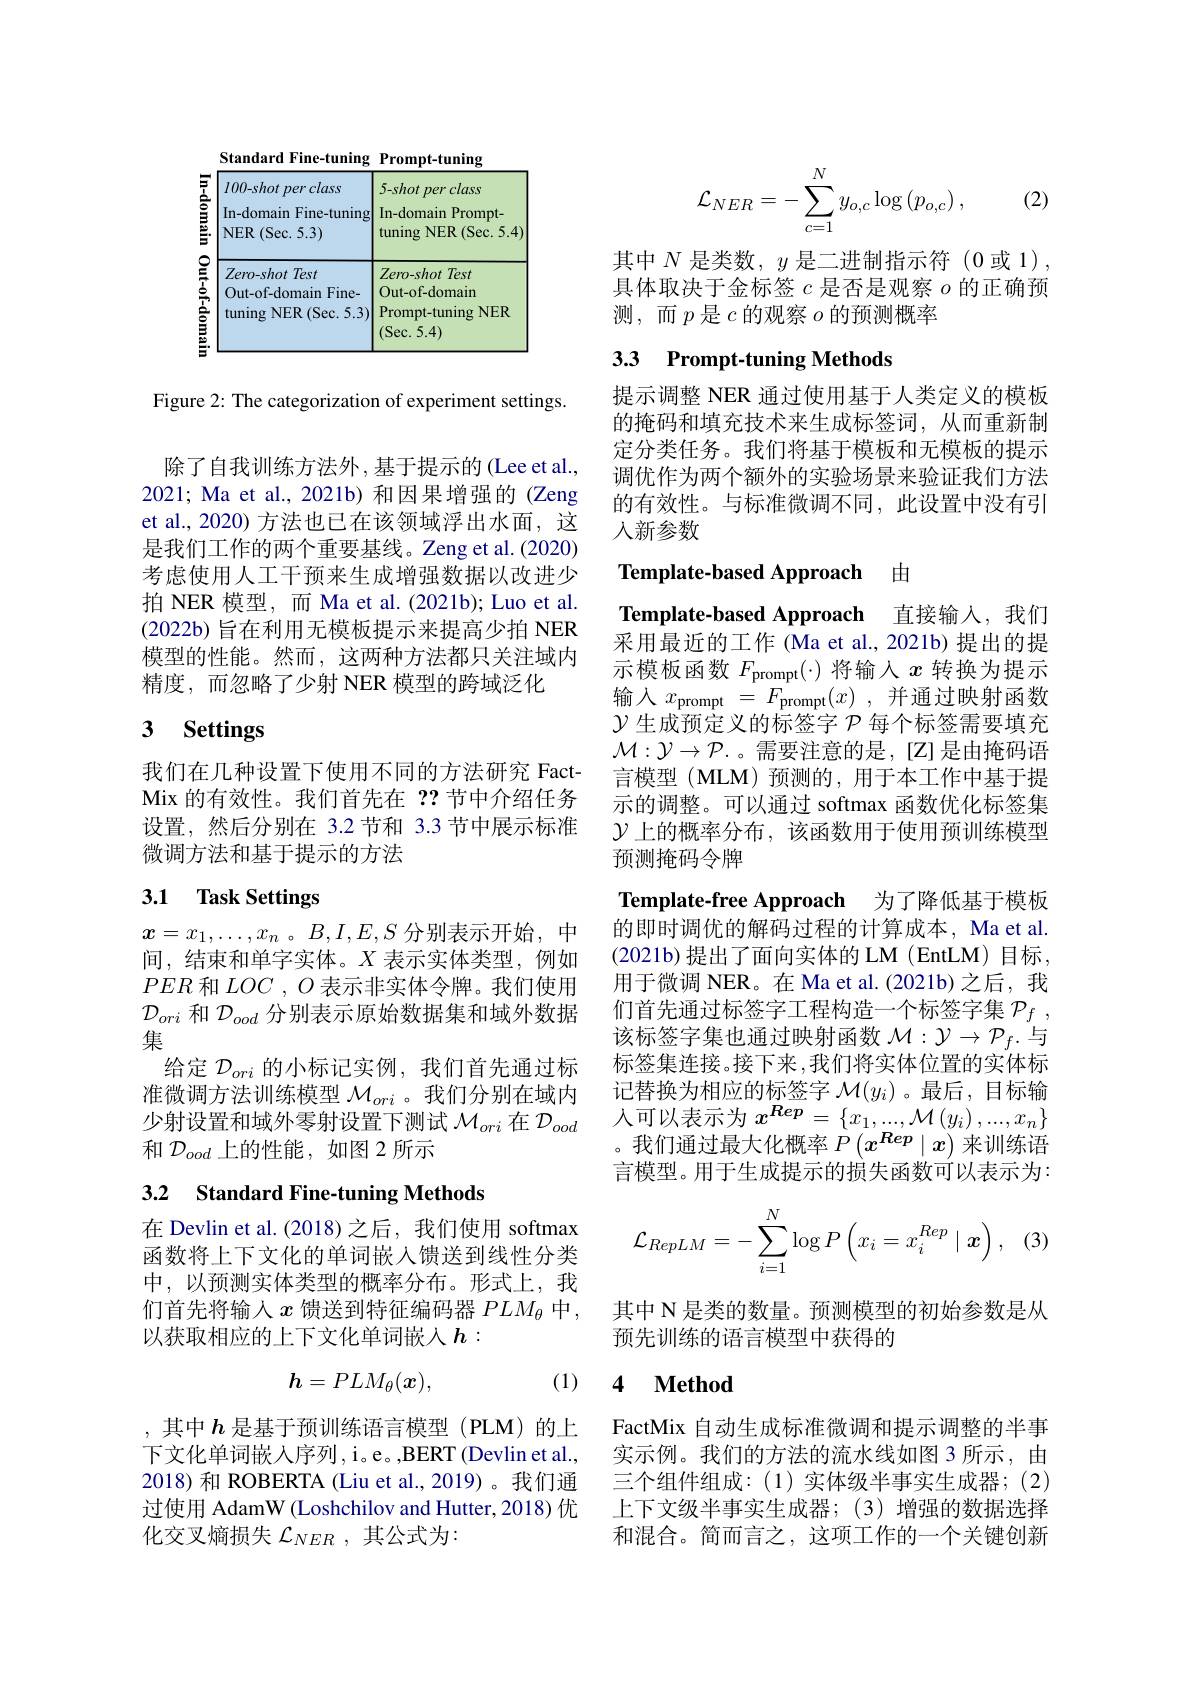
Standard Fine-tuning Prompt-tuning
<table>
	<tbody>
		<tr>
			<td>$100-shotperclass$</td>
			<td>$5-shotperclass$</td>
		</tr>
	</tbody>
</table>

Figure 2: The categorization of experiment settings.

除了自我训练方法外，基于提示的(Lee et al., 2021; Ma et al., 2021b) 和因果增强的 (Zeng et al., 2020) 方法也已在该领域浮出水面，这是我们工作的两个重要基线。Zeng et al.(2020) 考虑使用人工干预来生成增强数据以改进少拍 NER 模型，而 Ma et al. (2021b); Luo et al. $(2022b)$旨在利用无模板提示来提高少拍 NER 模型的性能。然而，这两种方法都只关注域内精度，而忽略了少射 NER 模型的跨域泛化

# 3 Settings

我们在几种设置下使用不同的方法研究 FactMix 的有效性。我们首先在？?节中介绍任务设置，然后分别在 3.2 节和 3.3 节中展示标准微调方法和基于提示的方法

## 3.1 Task Settings

$x=x_1,\ldots,x_n$ 。$B,I,E,S$分别表示开始，中间，结束和单字实体。$X$表示实体类型，例如$PER$和$LOC,O$表示非实体令牌。我们使用$\mathcal{D}_{ori}$和$\mathcal{D}_{ood}$分别表示原始数据集和域外数据集
给定$\mathcal{D}_{ori}$的小标记实例，我们首先通过标准微调方法训练模型$\mathcal{M}_{ori}$ 。我们分别在域内少射设置和域外零射设置下测试$\mathcal{M}_ori$在$\mathcal{D}_ood$ 和$\mathcal{D}_{ood}$上的性能，如图 2 所示

## 3.2 Standard Fine-tuning Methods

在 Devlin et al.(2018)之后，我们使用 softmax 函数将上下文化的单词嵌入馈送到线性分类中，以预测实体类型的概率分布。形式上，我们首先将输入$x$ 馈送到特征编码器 $PLM_\theta$ 中， 以获取相应的上下文化单词嵌入$h:$

(1)
$$h=PLM_\theta(\boldsymbol{x}),$$
,其中$h$ 是基于预训练语言模型(PLM)的上下文化单词嵌人序列，i。e。,BERT(Devlin et al. 2018)和 ROBERTA (Liu et al.,2019)。我们通过使用 AdamW (Loshchilov and Hutter, 2018) 优化交叉熵损失$\mathcal{L}_NER$,其公式为：

(2)
$$\mathcal{L}_{NER}=-\sum_{c=1}^{N}y_{o,c}\log\left(p_{o,c}\right),$$
其中$N$是类数，$y$是二进制指示符(0或 1) 具体取决于金标签$c$是否是观察$o$的正确预测，而$p$ 是$c$的观察$o$的预测概率

# 3.3 Prompt-tuning Methods

提示调整 NER 通过使用基于人类定义的模板的掩码和填充技术来生成标签词，从而重新制定分类任务。我们将基于模板和无模板的提示调优作为两个额外的实验场景来验证我们方法的有效性。与标准微调不同，此设置中没有引人新参数

Template-based Approach 由

$\textbf{Template- free Approach}$ 为了降低基于模板

Template-based Approach 直接输入，我们采用最近的工作 (Ma et al., 2021b) 提出的提示模板函数$F_\mathrm{prompt}(\cdot)$将输入$x$转换为提示输入$x_{\mathrm{prompt}}= F_{\mathrm{prompt}}( x)$ ,并通过映射函数$\mathcal{Y}$生成预定义的标签字 $\mathcal{P}$ 每个标签需要填充$\mathcal{M}:\mathcal{Y}\to\mathcal{P}$.。需要注意的是，[Z] 是由掩码语言模型(MLM)预测的，用于本工作中基于提示的调整。可以通过 softmax 函数优化标签集$\mathcal{Y}$上的概率分布，该函数用于使用预训练模型预测掩码令牌
的即时调优的解码过程的计算成本，Ma et al. $(2021b)$提出了面向实体的 LM (EntLM)目标， 用于微调 NER。在 Ma et al.(2021b) 之后，我们首先通过标签字工程构造一个标签字集$\mathcal{P} _f$ , 该标签字集也通过映射函数$\mathcal{M}:\mathcal{Y}\to\mathcal{P}_f$.与标签集连接。接下来，我们将实体位置的实体标记替换为相应的标签字$\mathcal{M}(y_i)$ 。最后，目标输人可以表示为$x^{\boldsymbol{Rep}}=\left\{x_{1},...,\mathcal{M}\left(y_{i}\right),...,x_{n}\right\}$ 。我们通过最大化概率$P\left(x^{\boldsymbol{Rep}}\mid x\right)$来训练语言模型。用于生成提示的损失函数可以表示为：
$$\mathcal{L}_{RepLM}=-\sum_{i=1}^N\log P\left(x_i=x_i^{Rep}\mid\boldsymbol{x}\right),$$
(3)

其中 N 是类的数量。预测模型的初始参数是从
预先训练的语言模型中获得的

### 4 $\textbf{Method}$

FactMix 自动生成标准微调和提示调整的半事实示例。我们的方法的流水线如图 3 所示，由三个组件组成：(1)实体级半事实生成器；(2) 上下文级半事实生成器；(3)增强的数据选择和混合。简而言之，这项工作的一个关键创新